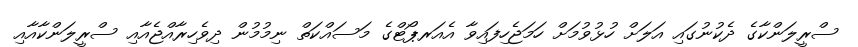
ސްރީލަންކާގެ ދެކުނުގައި އަލަށް ހުޅުވުމަށް ހަމަޖެހިފައިވާ އެއަރޕޯޓްގެ މަސައްކަތް ނިމުމުން ދިވެހިރާއްޖެއާއި ސްރީލަންކާއާއި